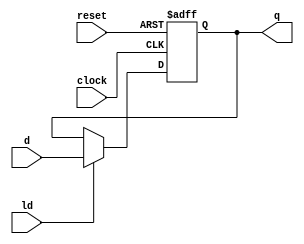
`timescale 1ns / 1ps
//////////////////////////////////////////////////////////////////////////////////
// Company: 
// Engineer: 
// 
// Design Name: 
// Module Name: register
// Project Name: 
// Target Devices: 
// Tool Versions: 
// Description: 
// 
// Dependencies: 
// 
// Revision:
// Revision 0.01 - File Created
// Additional Comments:
// 
//////////////////////////////////////////////////////////////////////////////////

module register(clock, reset, d, q, ld);
    parameter XLEN = 32;
    parameter reset_val = 0;
    parameter sync_reset = "FALSE";
    
    input clock;
    input reset;
    input [XLEN-1:0] d;
    output[XLEN-1:0] q;
    input ld;
    
    reg [XLEN-1:0] q;

    generate
    if ( sync_reset == "TRUE" ) begin
        always @(posedge clock) begin
            if ( reset ) q <= reset_val;
            else if ( ld ) q <= d;
        end
    end else begin
        always @(posedge clock or posedge reset) begin
            if ( reset ) q <= reset_val;
            else if ( ld ) q <= d;
        end
    end
    endgenerate
endmodule